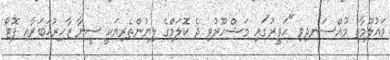
މައުލޫމާތު މުއްސަނދިވި "ހަވީރު"ގައި މަޝްހޫރުވި ދެ ކޮލަމްގެ ލިޔުންތެރިޔަކީ ސީނާ ޒާހިރުޚަބަރާއި ފޮޓޯ